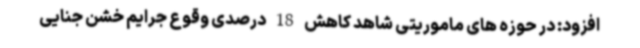
افزود: در حوزه های ماموریتی شاهد کاهش 18 درصدی وقوع جرایم خشن جنایی